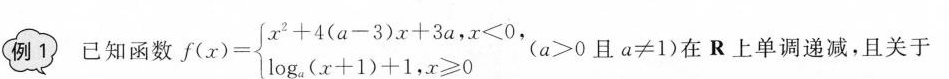
例1 已知函数$$f ( x ) = \begin {cases}